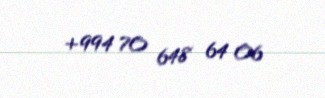
+994 70 648 64 06